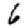
Digit: 6